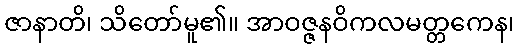
ဇာနာတိ၊ သိတော်မူ၏။ အာဝဇ္ဇနဝိကလမတ္တကေန၊